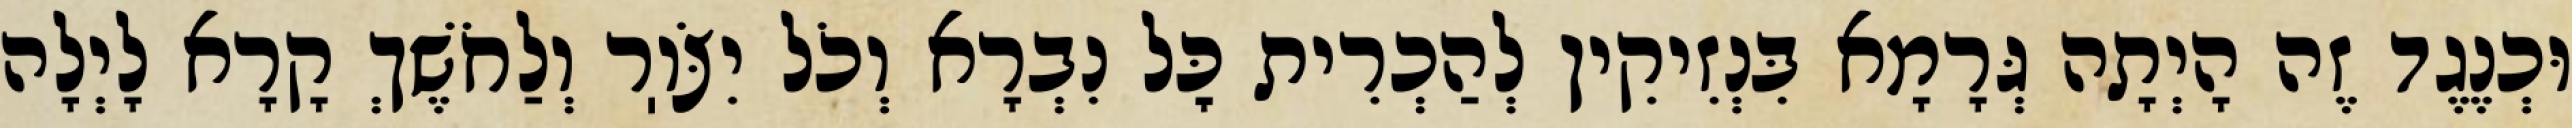
וּכְנֶגֶד זֶה הָיְתָה גְּרָמָא בִּנְזִיקִין לְהַכְרִית כׇּל נִבְרָא וְכֹל יִצֹּוֽר וְלַחֹשֶׁךְ קָרָא לָיְלָה